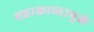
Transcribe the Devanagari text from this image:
महाकाव्यामुळे